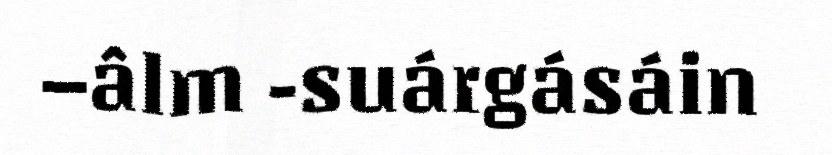
–âlm -suárgásáin